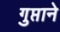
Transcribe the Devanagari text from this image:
गुप्ताने